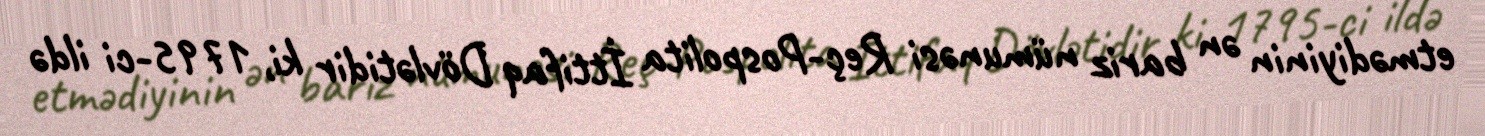
etmədiyinin ən bariz nümunəsi Reç-Pospolita İttifaq Dövlətidir ki, 1795-ci ildə